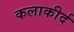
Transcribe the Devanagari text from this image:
कलाकीर्द